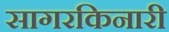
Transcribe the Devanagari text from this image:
सागरकिनारी